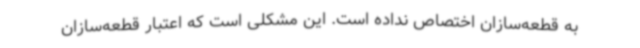
به قطعه‌سازان اختصاص نداده است. این مشکلی است که اعتبار قطعه‌سازان